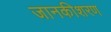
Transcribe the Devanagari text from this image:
जानकीशरण